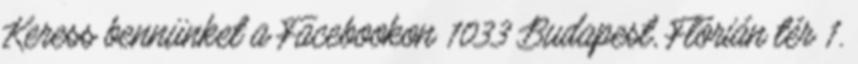
Keress bennünket a Facebookon 1033 Budapest, Flórián tér 1.